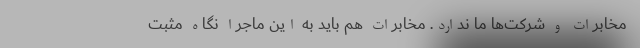
مخابرات و شرکت‌ها ما ندارد. مخابرات هم باید به این ماجرا نگاه مثبت